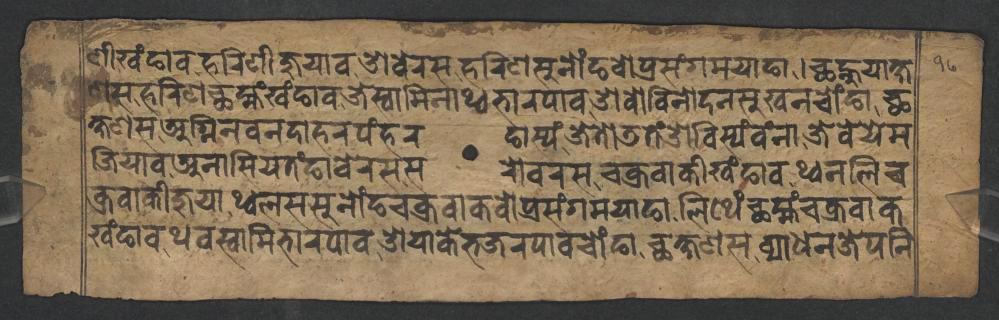
𑐞𑐷𑐏𑑄𑐒𑐵𑐰𑐴𑐬𑐶𑐞𑐷𑐖𑐸𑐫𑐵𑐰𑐌𑐧𑐾𑐬𑐳𑐴𑐬𑐶𑐞𑐳𑐸𑐣𑑀𑑄𑐒𑐰𑑀𑐥𑑂𑐬𑐳𑑄𑐐𑐩𑐫𑐵𑐒𑐵𑑋𑐕𑐣𑑂𑐴𑐸𑐫𑐵𑐎𑑂𑐲 𑐞𑐳𑐴𑐬𑐶𑐞𑐕𑐩𑑂𑐴𑑄𑐏𑑄𑐒𑐵𑐰𑐖𑐾𑐳𑑂𑐰𑐵𑐩𑐶𑐣𑐵𑐠𑑂𑐰𑐨𑐵𑐬𑐥𑐵𑐰𑐌𑐰𑑀𑐰𑐶𑐣𑑀𑐡𑐣𑐳𑐸𑐏𑐣𑐔𑑀𑑄𑐒𑐵𑐕 𑐎𑑂𑐲𑐞𑐳𑐀𑐐𑑂𑐣𑐶𑐣𑐰𑐣𑐡𑐵𑐴𑐬𑐥𑑄𑐴𑐬𑐒𑐵𑐳𑑂𑐫𑑄𑐖𑐾𑐟𑑀𑐜𑐟𑑄𑐌𑐧𑐶𑐳𑑂𑐫𑑄𑐰𑑄𑐣𑐵𑐖𑐾𑐧𑐾𑐫𑐾𑐩 𑐖𑐶𑐫𑐵𑐰𑐀𑐣𑐵𑐳𑐶𑐫𑐟𑑄𑐒𑐵𑐧𑐾𑐬𑐳𑐳𑐬𑑀𑐰𑐬𑐳𑐔𑐎𑑂𑐬𑐰𑐵𑐎𑐷𑐏𑑄𑐒𑐵𑐰𑐠𑑂𑐰𑐣𑐮𑐶𑐔 𑐎𑑂𑐬𑐰𑐵𑐎𑐷𑐖𑐸𑐫𑐵𑐠𑑂𑐰𑐮𑐳𑐳𑐸𑐣𑑀𑑄𑐒𑐔𑐎𑑂𑐬𑐰𑐵𑐎𑐰𑑀𑐥𑑂𑐬𑐳𑑄𑐐𑐩𑐫𑐵𑐒𑐵𑐮𑐶𑐠𑐾𑑄𑐕𑐩𑑂𑐴𑑄𑐔𑐎𑑂𑐬𑐰𑐵𑐎 𑐏𑑄𑐒𑐵𑐰𑐠𑐰𑐳𑑂𑐰𑐵𑐩𑐶𑐨𑐵𑐬𑐥𑐵𑐰𑐌𑐫𑐵𑐎𑐾𑐨𑐖𑐬𑐥𑐵𑐰𑐔𑑀𑑄𑐒𑐵𑐕𑐎𑑂𑐲𑐞𑐳𑐰𑑂𑐫𑐵𑐢𑐣𑐖𑐾𑐥𑐣𑐶